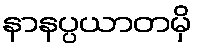
နာနပ္ပယာတမှိ